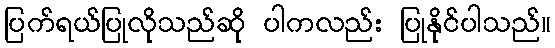
ပြက်ရယ်ပြုလိုသည်ဆို ပါကလည်း ပြုနိုင်ပါသည်။